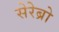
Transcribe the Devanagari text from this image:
सेरेब्रो